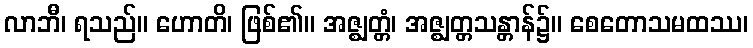
လာဘီ၊ ရသည်။ ဟောတိ၊ ဖြစ်၏။ အဇ္ဈတ္တံ၊ အဇ္ဈတ္တသန္တာန်၌။ စေတောသမထဿ၊